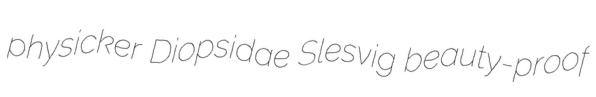
physicker Diopsidae Slesvig beauty-proof